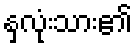
နှလုံးသား၏